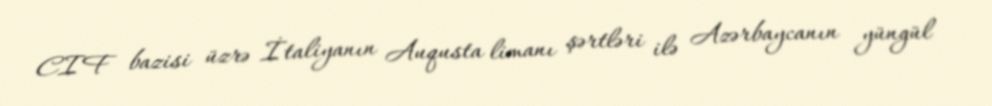
CIF bazisi üzrə İtaliyanın Auqusta limanı şərtləri ilə Azərbaycanın yüngül